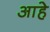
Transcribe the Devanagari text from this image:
आहेे